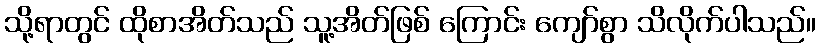
သို့ရာတွင် ထိုစာအိတ်သည် သူ့အိတ်ဖြစ် ကြောင်း ကျော်စွာ သိလိုက်ပါသည်။